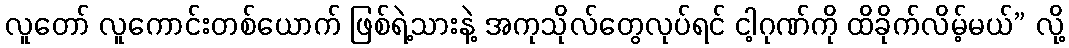
လူတော် လူကောင်းတစ်ယောက် ဖြစ်ရဲ့သားနဲ့ အကုသိုလ်တွေလုပ်ရင် ငါ့ဂုဏ်ကို ထိခိုက်လိမ့်မယ်” လို့